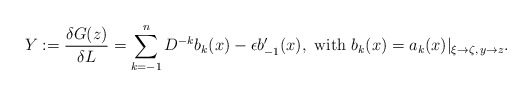
\begin{align*}Y &:= \frac{\delta G(z)}{\delta L} = \sum_{k=-1}^n D^{-k}b_k(x)- \epsilon b_{-1}'(x),\ \textrm{with}\ b_k(x)=a_k(x)|_{\xi\to \zeta,\, y\to z}.\end{align*}